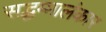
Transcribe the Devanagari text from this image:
सद्धम्मालंकार